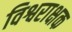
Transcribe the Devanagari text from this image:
विश्वराक्षक